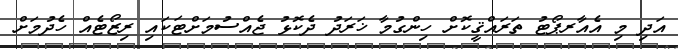
އަދި މި އެއާރޕޯޓު ތަރައްޤީކޮށް ހިންގުމާ ޚަރަދު ދެކޮޅު ޖެއްސުމަށްޓަކައި ރިޒޯޓެއް ހެދުމަށް